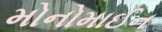
મોનોમાઈન